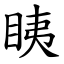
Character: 眱